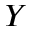
Y